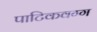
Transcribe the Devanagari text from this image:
पाटिकवग्ग